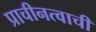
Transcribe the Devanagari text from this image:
प्राचीनत्वाची